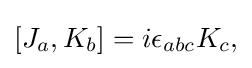
[J_{a},K_{b}]=i\epsilon _{abc}K_{c},\,\!